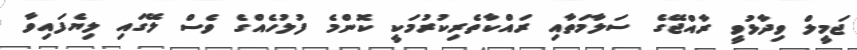
ޖަމީލް ވިދާޅުވީ ރާއްޖޭގެ ސަލާމަތާއި ރައްކާތެރިކުރުމަކީ ކޮންމެ ފުލުހެއްގެ ވެސް ލޭގައި ލިޔެފައިވާ